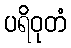
ပရိဝုတံ